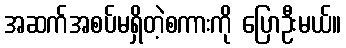
အဆက်အစပ်မရှိတဲ့စကားကို ပြောဦးမယ်။